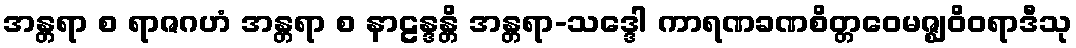
အန္တရာ စ ရာဇဂဟံ အန္တရာ စ နာဠန္ဒန္တိ အန္တရာ-သဒ္ဒေါ ကာရဏခဏစိတ္တဝေမဇ္ဈဝိဝရာဒီသု